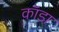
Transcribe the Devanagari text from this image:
कॉडा